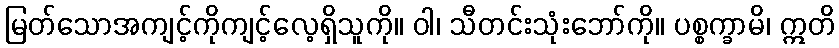
မြတ်သောအကျင့်ကိုကျင့်လေ့ရှိသူကို။ ဝါ၊ သီတင်းသုံးဘော်ကို။ ပစ္စက္ခာမိ၊ ဣတိ